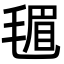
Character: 𪵟